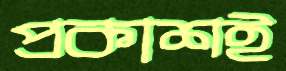
প্রকাশই